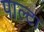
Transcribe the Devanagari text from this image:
पाल्टा